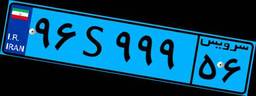
۳۴S۸۳۲۴۹